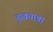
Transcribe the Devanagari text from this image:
दुखयात्रा